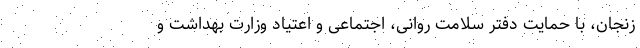
زنجان، با حمایت دفتر سلامت روانی، اجتماعی و اعتیاد وزارت بهداشت و